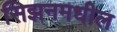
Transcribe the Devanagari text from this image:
सिझनमधील